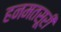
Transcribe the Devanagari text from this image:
हनमतसूरी